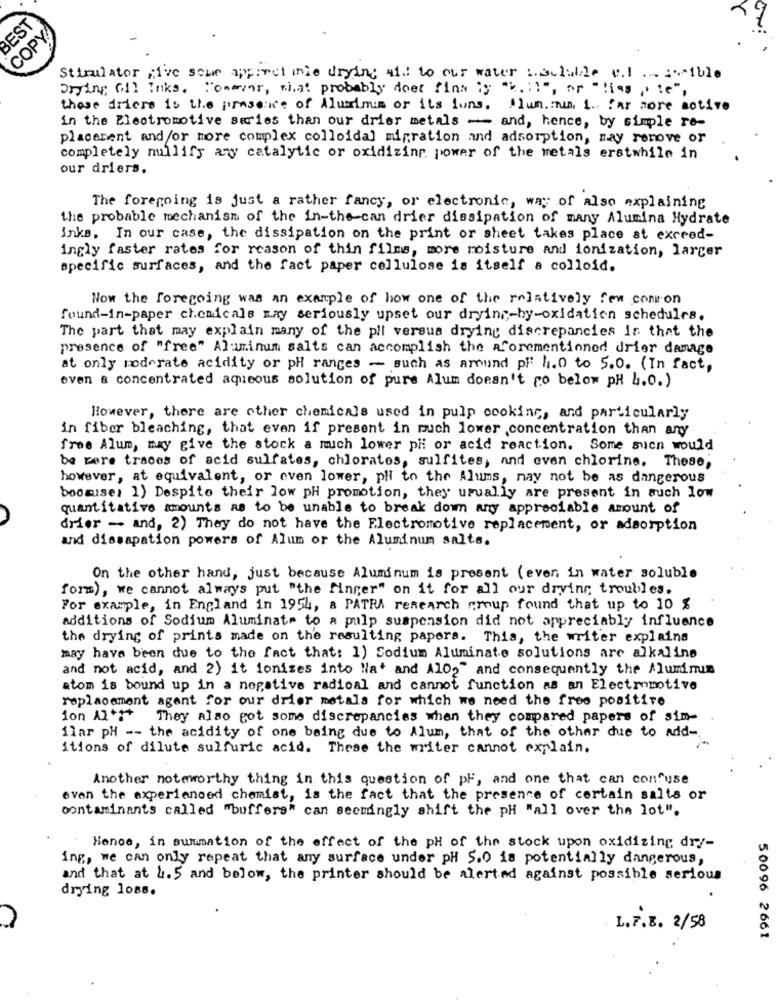
BEST
COPY
ON:
Stimulator give some apparel mnie drying aid to our water 1.slide v.1 ... etble
Drying Gil Inks. "omayor, what probably doet fins is "% .! ! ", or "Has ,, te",
these driere is the presence of Aluminum or its luns. Ilun .: m. 1. far more active
in the Electromotive series than our drier metals - and, hence, by simple ro-
placement and/or more complex colloidal migration and adsorption, may remove or
completely nullify any catalytic or oxidizing power of the metals erstwhile in
our driers.
The foregoing is just a rather fancy, or electronic, way of also explaining
the probable mechanism of the in-the-can drier dissipation of many Alumina Hydrate
inke. In our case, the dissipation on the print or sheet takes place at exceed-
ingly faster rates for reason of thin films, more moisture and ionization, larger
specific surfaces, and the fact paper cellulose is itself a colloid.
Now the foregoing was an example of how one of the relatively few common
found-in-paper chemicals may seriously upset our drying-by-oxidation schedules.
The part that may explain many of the pil versus drying discrepancies is that the
presence of "free" Aluminum salts can accomplish the aforementioned drier damage
at only moderate acidity or ph ranges - such as amund pi 4.0 to 5.0. (In fact,
even & concentrated aqueous solution of pure Alum doesn't po below pH 4.0.)
However, there are other chemicals used in pulp cooking, and particularly
in fiber bleaching, that even if present in much lower concentration than any
free Alum, may give the stock a mich lower phi or acid reaction. Some sucn would
be cere traces of acid sulfates, chlorates, sulfites, and even chlorine. These,
however, at equivalent, or even lower, pli to the Alums, may not be as dangerous
boomuse: 1) Despite their low pH promotion, they usually are present in such low
quantitative amounts as to be unable to break down any appreciable amount of
drier - and, 2) They do not have the Electromotive replacement, or adsorption
and dissapation powers of Alum or the Aluminum salts.
On the other hand, just because Aluminum is present (even in water soluble
form), we cannot always put "the finger" on it for all our drying troubles.
For example, in England in 1954, a PATRA research group found that up to 10 %
additions of Sodium Aluminate to a pulp suspension did not appreciably influence
the drying of prints made on the resulting papers. This, the writer explains
may have been due to the fact that: 1) Sodium Aluminate solutions are alkaline
and not acid, and 2) it ionizes into Na and Al02" and consequently the Aluminum
atom is bound up in a negative radical and cannot function as an Electromotive
replacement agent for our drier metals for which we need the free positive
ion A+++
They also got some discrepancies when they compared papers of sim-
ilar pH -- the acidity of one being due to Alum, that of the other due to add -,
itions of dilute sulfuric acid. These the writer cannot explain.
Another noteworthy thing in this question of pF, and one that can confuse
even the experienced chemist, is the fact that the presence of certain salts or
contaminants called "buffers" can seemingly shift the pH "all over the lot".
Honoe, in summation of the effect of the pH of the stock upon oxidizing dry-
ing, we can only repeat that any surface under pH 5.0 is potentially dangerous,
and that at 4.5 and below, the printer should be alerted against possible serious
drying 1088.
L.Z.B. 2/58
50096 2661